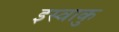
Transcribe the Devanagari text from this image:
इस्वाकु